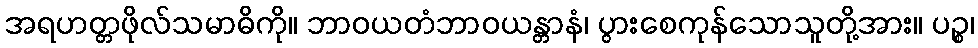
အရဟတ္တဖိုလ်သမာဓိကို။ ဘာဝယတံဘာဝယန္တာနံ၊ ပွားစေကုန်သောသူတို့အား။ ပဉ္စ၊